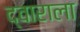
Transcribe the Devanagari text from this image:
द्वाराला